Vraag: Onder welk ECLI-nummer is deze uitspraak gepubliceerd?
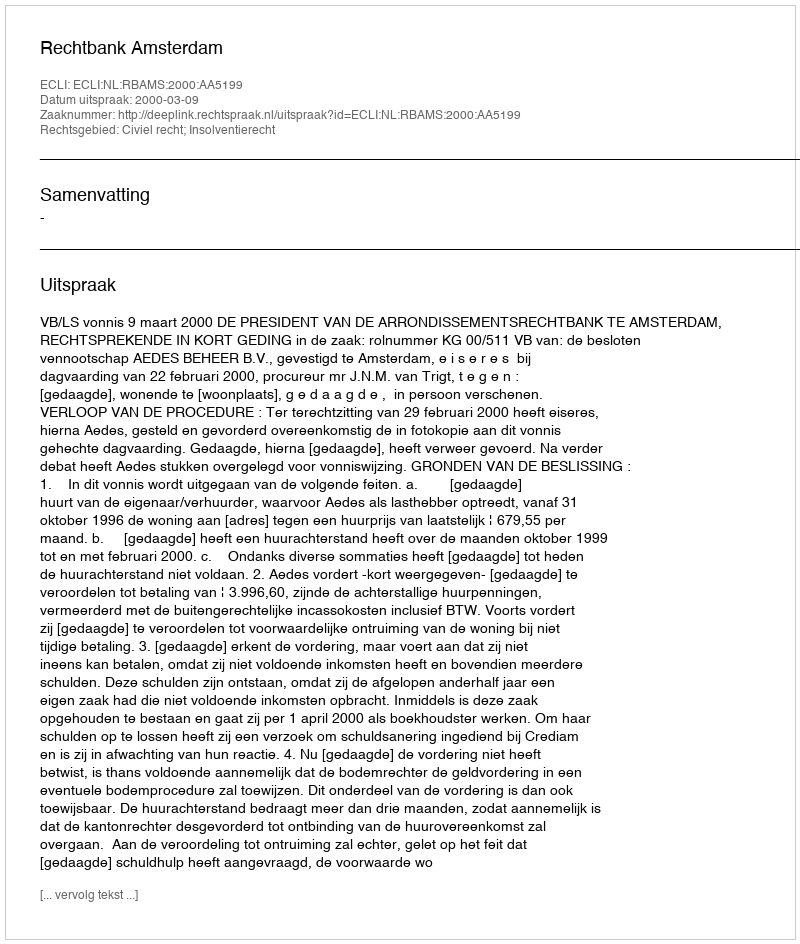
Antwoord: ECLI:NL:RBAMS:2000:AA5199